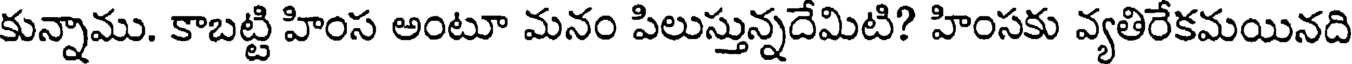
కున్నాము. కాబట్టి హింస అంటూ మనం పిలుస్తున్నదేమిటి? హింసకు వ్యతిరేకమయినది